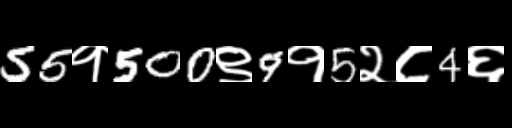
Text: 55१500९9१5२८4६